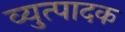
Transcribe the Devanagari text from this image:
व्युत्पादक